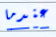
عندما